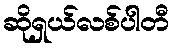
ဆိုရှယ်လစ်ပါတီ